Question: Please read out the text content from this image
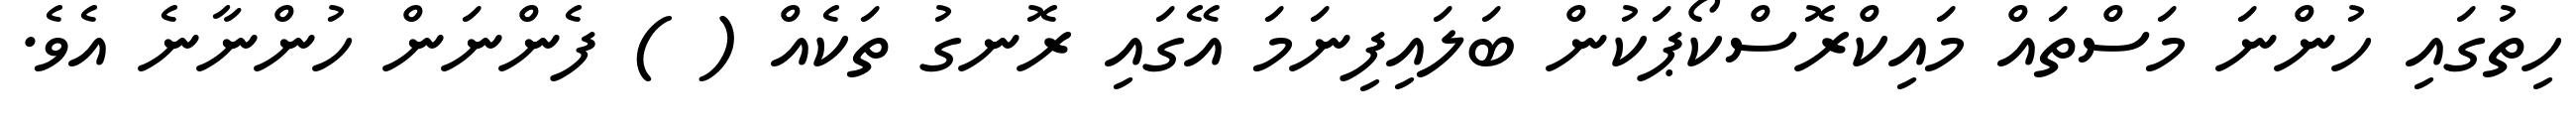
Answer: ހިތުގައި ހުންނަ މަސްތައް މައިކްރޮސްކޯޕަކުން ބަލައިފިނަމަ އޭގައި ރޮނގު ތަކެއް ( ) ފެންނަން ހުންނާނެ އެވެ.